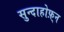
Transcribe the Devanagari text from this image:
सुन्दाहोफ़्न